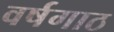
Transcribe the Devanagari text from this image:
वर्षगाठ